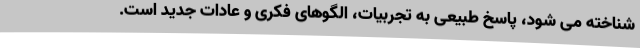
شناخته می شود، پاسخ طبیعی به تجربیات، الگوهای فکری و عادات جدید است.